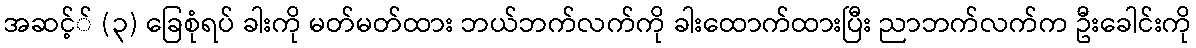
အဆင့်် (၃) ခြေစုံရပ် ခါးကို မတ်မတ်ထား ဘယ်ဘက်လက်ကို ခါးထောက်ထားပြီး ညာဘက်လက်က ဦးခေါင်းကို